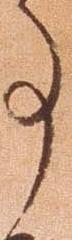
事